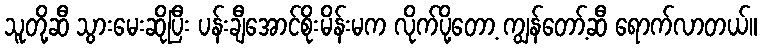
သူတို့ဆီ သွားမေးဆိုပြီး ပန်းချီအောင်စိုးမိန်းမက လိုက်ပို့တော့ ကျွန်တော့်ဆီ ရောက်လာတယ်။